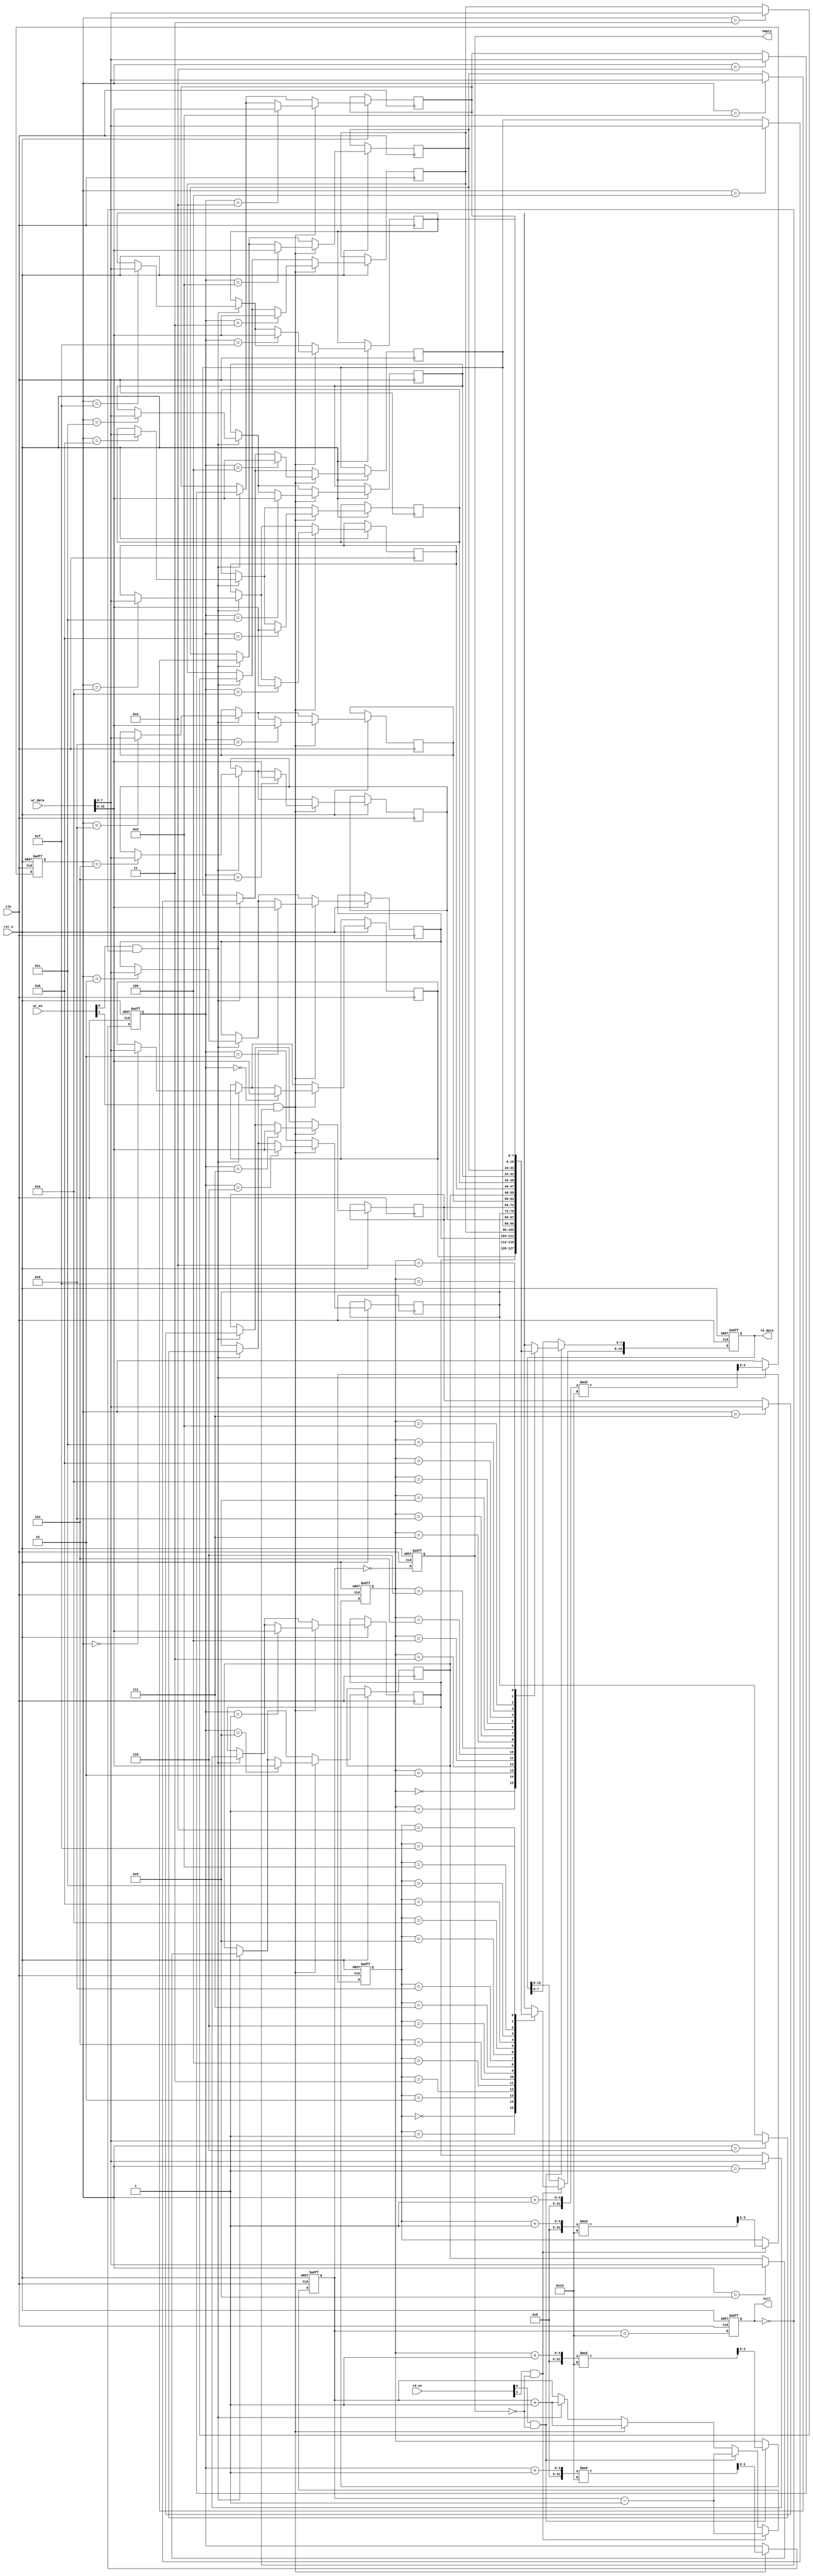
module multiport_fifo #(
    parameter DATA_WIDTH = 8,  // Width of the data
    parameter DEPTH = 16,       // Depth of the FIFO
    parameter NUM_WRITE_PORTS = 2, // Number of write ports
    parameter NUM_READ_PORTS = 2   // Number of read ports
)(
    input wire clk,
    input wire rst_n,
    
    // Write ports
    input wire [NUM_WRITE_PORTS-1:0] wr_en, // Write enable for each port
    input wire [DATA_WIDTH*NUM_WRITE_PORTS-1:0] wr_data, // Data to write for each port
    
    // Read ports
    input wire [NUM_READ_PORTS-1:0] rd_en, // Read enable for each port
    output reg [DATA_WIDTH*NUM_READ_PORTS-1:0] rd_data, // Data read from each port
    
    output reg full, // FIFO full flag
    output reg empty // FIFO empty flag
);

    // Internal memory array
    reg [DATA_WIDTH-1:0] mem [0:DEPTH-1];
    
    // Write pointers for each port
    reg [$clog2(DEPTH)-1:0] wr_ptr [0:NUM_WRITE_PORTS-1];
    
    // Read pointers for each port
    reg [$clog2(DEPTH)-1:0] rd_ptr [0:NUM_READ_PORTS-1];
    
    // Count of items in FIFO
    reg [$clog2(DEPTH+1)-1:0] count;

    // Initialize pointers and flags
    integer i;
    always @(posedge clk or negedge rst_n) begin
        if (!rst_n) begin
            for (i = 0; i < NUM_WRITE_PORTS; i = i + 1) begin
                wr_ptr[i] <= 0;
            end
            for (i = 0; i < NUM_READ_PORTS; i = i + 1) begin
                rd_ptr[i] <= 0;
            end
            count <= 0;
            full <= 0;
            empty <= 1;
            rd_data <= 0;
        end else begin
            // Write operation
            for (i = 0; i < NUM_WRITE_PORTS; i = i + 1) begin
                if (wr_en[i] && !full) begin
                    mem[wr_ptr[i]] <= wr_data[DATA_WIDTH*(i+1)-1:DATA_WIDTH*i];
                    wr_ptr[i] <= (wr_ptr[i] + 1) % DEPTH;
                    count <= count + 1;
                end
            end
            
            // Read operation
            for (i = 0; i < NUM_READ_PORTS; i = i + 1) begin
                if (rd_en[i] && !empty) begin
                    rd_data[DATA_WIDTH*(i+1)-1:DATA_WIDTH*i] <= mem[rd_ptr[i]];
                    rd_ptr[i] <= (rd_ptr[i] + 1) % DEPTH;
                    count <= count - 1;
                end
            end
            
            // Update full and empty flags
            full <= (count == DEPTH);
            empty <= (count == 0);
        end
    end
endmodule